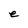
Character: e